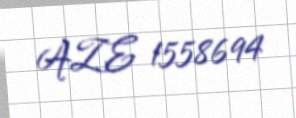
AZE 1558694